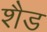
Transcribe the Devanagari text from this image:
शैड